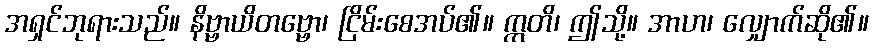
အရှင်ဘုရားသည်။ နိဗ္ဗာယိတဗ္ဗော၊ ငြိမ်းစေအပ်၏။ ဣတိ၊ ဤသို့။ အာဟ၊ လျှောက်ဆို၏။